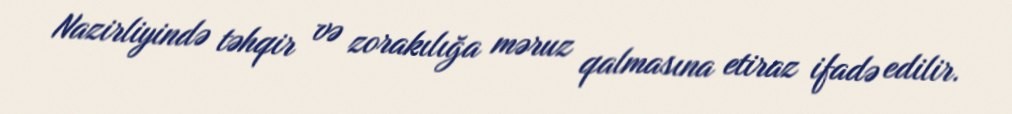
Nazirliyində təhqir və zorakılığa məruz qalmasına etiraz ifadə edilir.